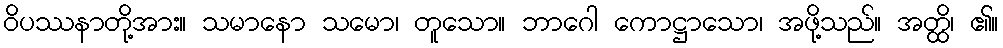
ဝိပဿနာတို့အား။ သမာနော သမော၊ တူသော။ ဘာဂေါ ကောဋ္ဌာသော၊ အဖို့သည်။ အတ္ထိ၊ ၏။